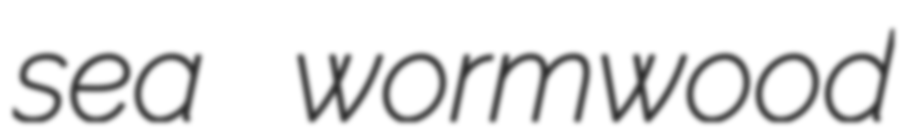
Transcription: sea wormwood